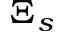
\Xi _ { s }